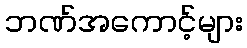
ဘဏ်အကောင့်များ